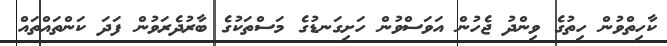
ކާހިތްވުން ހިތުގެ ވިންދު ޖެހުން އަވަސްވުން ހަށިގަނޑުގެ މަސްތަކުގެ ބާރުދެރަަވުން ފަދަ ކަންތައްތައް